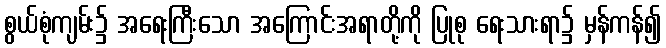
စွယ်စုံကျမ်း၌ အရေးကြီးသော အကြောင်းအရာတို့ကို ပြုစု ရေးသားရာ၌ မှန်ကန်၍